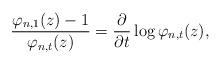
LaTeX: \begin{align*} \frac{\varphi_{n,1}(z)-1}{\varphi_{n,t}(z)}=\frac{\partial}{\partial t} \log\varphi_{n,t}(z),\end{align*}